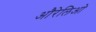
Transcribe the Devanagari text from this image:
औरेलिओ